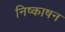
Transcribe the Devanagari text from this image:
निष्काषन